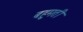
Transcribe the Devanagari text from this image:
बहुमती